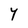
Character: Y